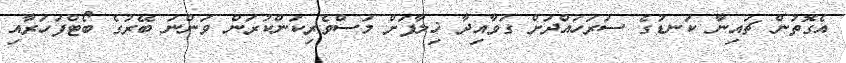
އެގޮތުން ޗައިނާ ކަނޑުގެ ސަރަހައްދަށް ގަވާއިދާ ޚިލާފަށް މަސްވެރިކަންކުރަން ވަންނަ ބޭރުގެ ބޯޓްފަހަރާއި